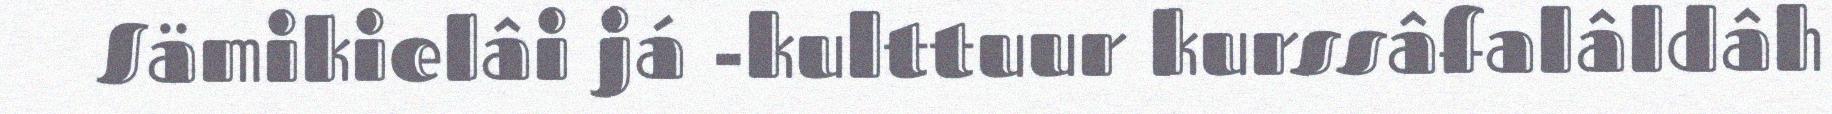
Sämikielâi já -kulttuur kurssâfalâldâh